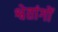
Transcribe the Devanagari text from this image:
श्वेतांगों